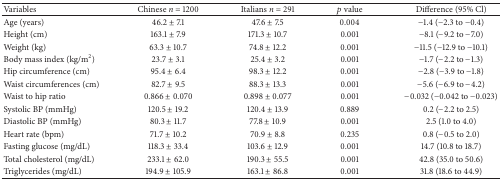
<table><thead><tr><td><b>Variables</b></td><td><b>Chinese <i>n</i> = 1200</b></td><td><b>Italians <i>n</i> = 291</b></td><td><b><i>p</i> value</b></td><td><b>Difference (95% Cl)</b></td></tr></thead><tbody><tr><td>Age (years)</td><td>46.2 ± 7.1</td><td>47.6 ± 7.5</td><td>0.004</td><td>−1.4 (−2.3 to −0.4)</td></tr><tr><td>Height (cm)</td><td>163.1 ± 7.9</td><td>171.3 ± 10.7</td><td>0.001</td><td>−8.1 (−9.2 to −7.0)</td></tr><tr><td>Weight (kg)</td><td>63.3 ± 10.7</td><td>74.8 ± 12.2</td><td>0.001</td><td>−11.5 (−12.9 to −10.1)</td></tr><tr><td>Body mass index (kg/m<sup>2</sup>)</td><td>23.7 ± 3.1</td><td>25.4 ± 3.2</td><td>0.001</td><td>−1.7 (−2.2 to −1.3)</td></tr><tr><td>Hip circumference (cm)</td><td>95.4 ± 6.4</td><td>98.3 ± 12.2</td><td>0.001</td><td>−2.8 (−3.9 to −1.8)</td></tr><tr><td>Waist circumferences (cm)</td><td>82.7 ± 9.5</td><td>88.3 ± 13.3</td><td>0.001</td><td>−5.6 (−6.9 to −4.2)</td></tr><tr><td>Waist to hip ratio</td><td>0.866 ± 0.070</td><td>0.898 ± 0.077</td><td>0.001</td><td>−0.032 (−0.042 to −0.023)</td></tr><tr><td>Systolic BP (mmHg)</td><td>120.5 ± 19.2</td><td>120.4 ± 13.9</td><td>0.889</td><td>0.2 (−2.2 to 2.5)</td></tr><tr><td>Diastolic BP (mmHg)</td><td>80.3 ± 11.7</td><td>77.8 ± 10.9</td><td>0.001</td><td>2.5 (1.0 to 4.0)</td></tr><tr><td>Heart rate (bpm)</td><td>71.7 ± 10.2</td><td>70.9 ± 8.8</td><td>0.235</td><td>0.8 (−0.5 to 2.0)</td></tr><tr><td>Fasting glucose (mg/dL)</td><td>118.3 ± 33.4</td><td>103.6 ± 12.9</td><td>0.001</td><td>14.7 (10.8 to 18.7)</td></tr><tr><td>Total cholesterol (mg/dL)</td><td>233.1 ± 62.0</td><td>190.3 ± 55.5</td><td>0.001</td><td>42.8 (35.0 to 50.6)</td></tr><tr><td>Triglycerides (mg/dL)</td><td>194.9 ± 105.9</td><td>163.1 ± 86.8</td><td>0.001</td><td>31.8 (18.6 to 44.9)</td></tr></tbody></table>